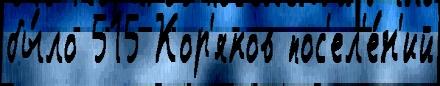
бы́ло 515 Кор'яков пос'ел'е́н'ий